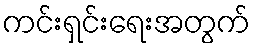
ကင်းရှင်းရေးအတွက်